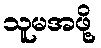
သူမအဖို့